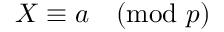
X \equiv a { \pmod { p } }